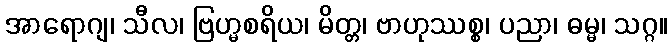
အာရောဂျ၊ သီလ၊ ဗြဟ္မစရိယ၊ မိတ္တ၊ ဗာဟုဿစ္စ၊ ပညာ၊ ဓမ္မ၊ သဂ္ဂ။